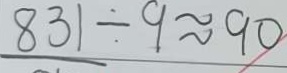
8 3 1 \div 9 \approx 9 0